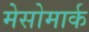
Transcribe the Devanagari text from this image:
मेसोमार्क